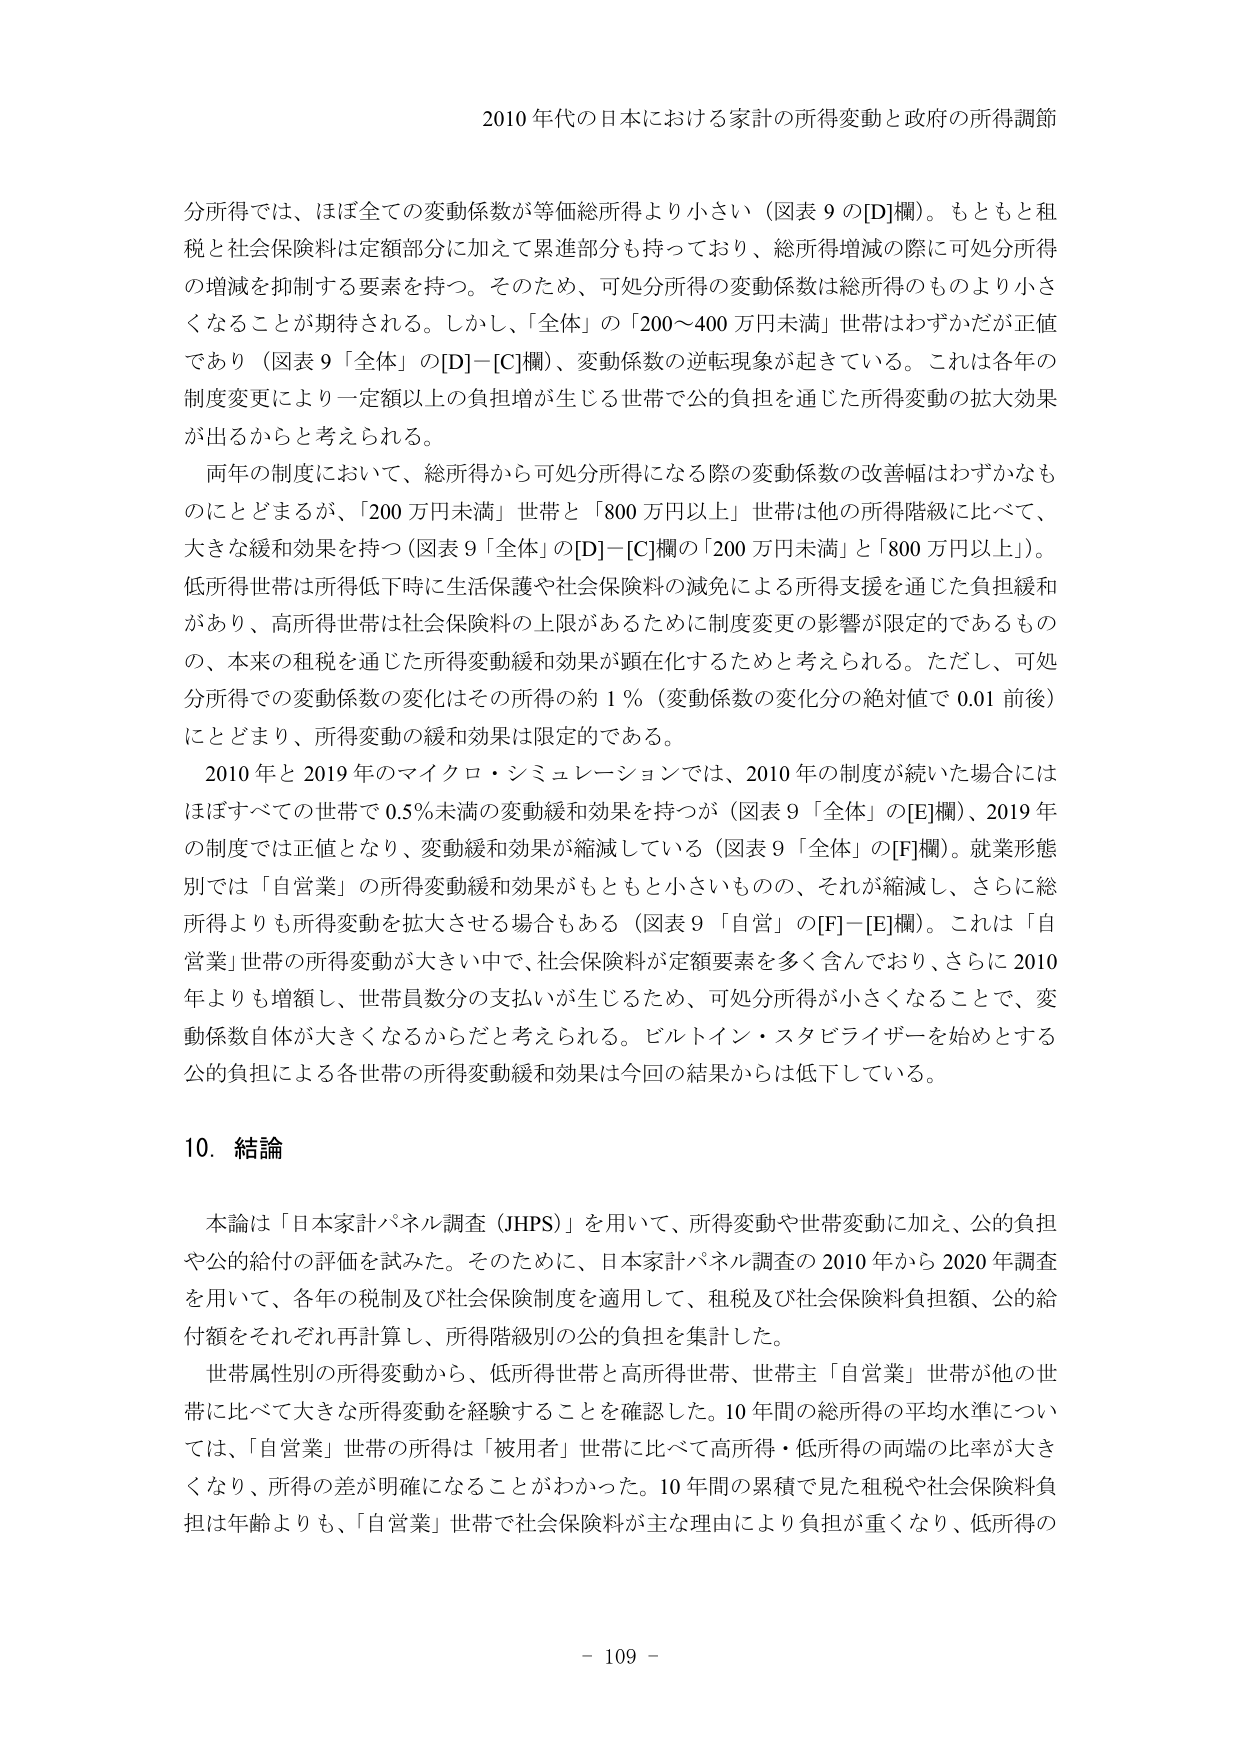
2010 年代の日本における家計の所得変動と政府の所得調節

分所得では、ほぼ全ての変動係数が等価総所得より小さい（図表 9 の[D]欄）。もともと租税と社会保険料は定額部分に加えて累進部分も持っており、総所得増減の際に可処分所得の増減を抑制する要素を持つ。そのため、可処分所得の変動係数は総所得のものより小さくなることが期待される。しかし、「全体」の「200～400 万円未満」世帯はわずかだが正値であり（図表 9「全体」の[D]－[C]欄）、変動係数の逆転現象が起きている。これは各年の制度変更により一定額以上の負担増が生じる世帯で公的負担を通じた所得変動の拡大効果が出るからと考えられる。

两年の制度において、総所得から可処分所得になる際の変動係数の改善幅はわずかなものにとどまるが、「200 万円未満」世帯と「800 万円以上」世帯は他の所得階級に比べて、大きな緩和効果を持つ（図表 9「全体」の[D]－[C]欄の「200 万円未満」と「800 万円以上」）。低所得世帯は所得低下時に生活保護や社会保険料の減免による所得支援を通じた負担緩和があり、高所得世帯は社会保険料の上限があるために制度変更の影響が限定的であるものの、本来の租税を通じた所得変動緩和効果が顕在化するためと考えられる。ただし、可処分所得での変動係数の変化はその所得の約 1％（変動係数の変化分の絶対値で 0.01 前後）にとどまり、所得変動の緩和効果は限定的である。

2010 年と 2019 年のマイクロ・シミュレーションでは、2010 年の制度が続いた場合にはほぼすべての世帯で 0.5％未満の変動緩和効果を持つが（図表 9「全体」の[E]欄）、2019 年の制度では正値となり、変動緩和効果が縮減している（図表 9「全体」の[F]欄）。就業形態別では「自営業」の所得変動緩和効果がもともと小さいものの、それが縮減し、さらに総所得よりも所得変動を拡大させる場合もある（図表 9「自営」の[F]－[E]欄）。これは「自営業」世帯の所得変動が大きい中で、社会保険料が定額要素を多く含んでおり、さらに 2010 年よりも増額し、世帯員数分の支払いが生じるため、可処分所得が小さくなることで、変動係数自体が大きくなるからだと考えられる。ビルトイン・スタビライザーを始めとする公的負担による各世帯の所得変動緩和効果は今回の結果からは低下している。

10. 結論

本論は「日本家計パネル調査（JHPS）」を用いて、所得変動や世帯変動に加え、公的負担や公的給付の評価を試みた。そのために、日本家計パネル調査の 2010 年から 2020 年調査を用いて、各年の税制及び社会保険制度を適用して、租税及び社会保険料負担額、公的給付額をそれぞれ再計算し、所得階級別の公的負担を集計した。

世帯属性別の所得変動から、低所得世帯と高所得世帯、世帯主「自営業」世帯が他の世帯に比べて大きな所得変動を経験することを確認した。10 年間の総所得の平均水準については、「自営業」世帯の所得は「被用者」世帯に比べて高所得・低所得の両端の比率が大きくなり、所得の差が明確になることがわかった。10 年間の累積で見た租税や社会保険料負担は年齢よりも、「自営業」世帯で社会保険料が主な理由により負担が重くなり、低所得の

- 109 -